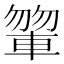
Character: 𨍂